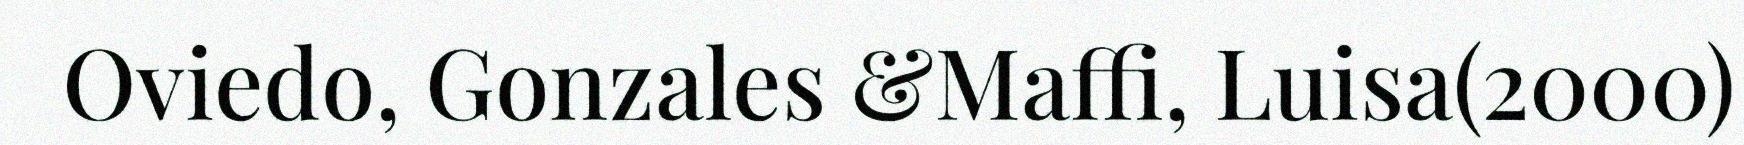
Oviedo, Gonzales &Maffi, Luisa(2000)